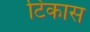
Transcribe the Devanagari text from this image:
टिकास